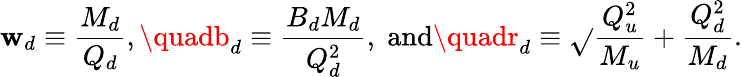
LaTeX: \mathbf{w}_{d}\equiv\frac{{M_{d}}}{{Q_{d}}},\quadb_{d}\equiv\frac{{B_{d}M_{d}}}{{Q_{d}^{2}}},\; \textrm{{and}}\quadr_{d}\equiv\sqrt{}{{\frac{{Q_{u}^{2}}}{{M_{u}}}+\frac{{Q_{d}^{2}}}{{M_{d}}}}}.